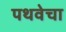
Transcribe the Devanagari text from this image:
पथवेचा